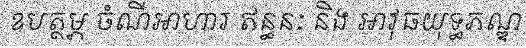
ឧបត្ថម្ភ ចំណីអាហារ ឥន្ធនៈ និង អាវុធយុទ្ធភណ្ឌ